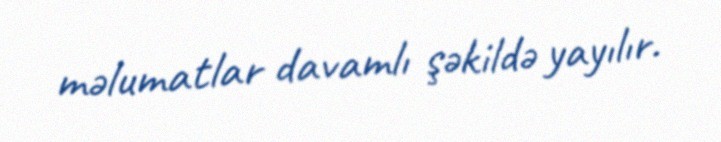
məlumatlar davamlı şəkildə yayılır.